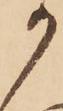
か